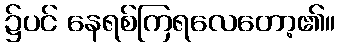
၌ပင် နေရစ်ကြရလေတော့၏။